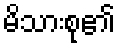
မိသားစု၏